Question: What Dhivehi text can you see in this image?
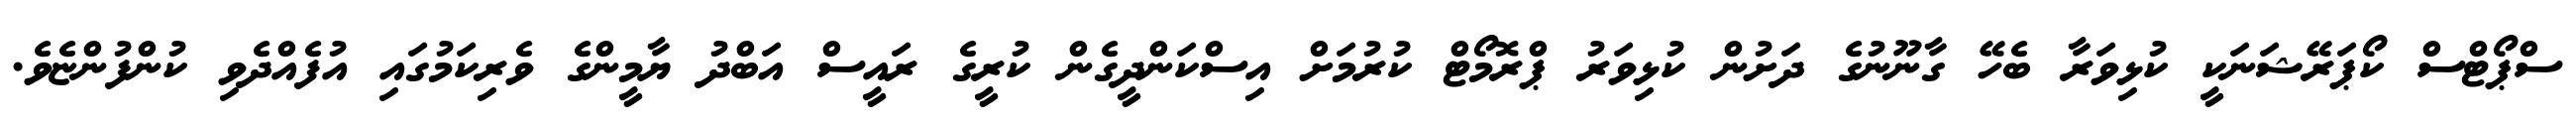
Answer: ސްޕޯޓްސް ކޯޕަރޭޝަނަކީ ކުޅިވަރާ ބެހޭ ގާނޫނުގެ ދަށުން ކުޅިވަރު ޕްރޮމޯޓް ކުރުމަށް އިސްކަންދީގެން ކުރީގެ ރައީސް އަބްދު ޔާމީންގެ ވެރިކަމުގައި އުފެއްދެވި ކުންފުންޏެވެ.